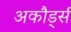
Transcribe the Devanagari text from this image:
अकौर्ड्स